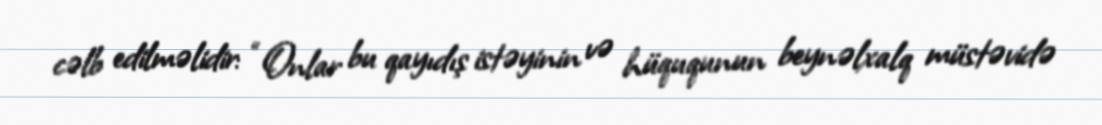
cəlb edilməlidir: “Onlar bu qayıdış istəyinin və hüququnun beynəlxalq müstəvidə